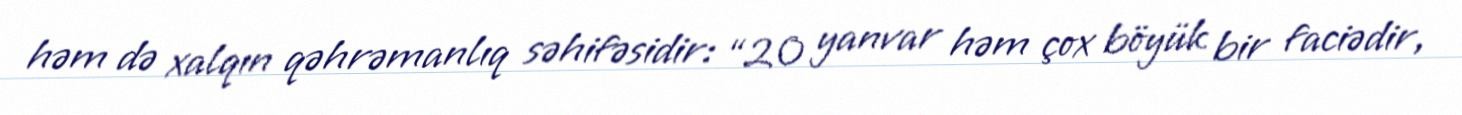
həm də xalqın qəhrəmanlıq səhifəsidir: “20 yanvar həm çox böyük bir faciədir,